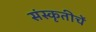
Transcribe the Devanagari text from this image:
संस्कृतीचें